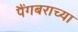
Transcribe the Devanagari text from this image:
पैंगबराच्या